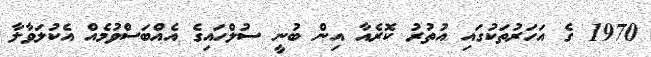
1970 ގެ އަހަރުތަކުގައި އުތުރު ކޮރެއާ އިން ބުނީ ސުލްހައިގެ އެއްބަސްވުމެއް އެކުލަވާލާ